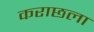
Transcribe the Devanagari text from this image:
कराछला